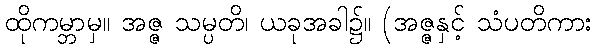
ထိုကမ္ဘာမှ။ အဇ္ဇ သမ္ပတိ၊ ယခုအခါ၌။ (အဇ္ဇနှင့် သံပတိကား